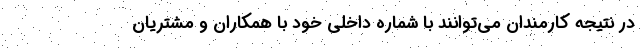
در نتیجه کارمندان می‌‌توانند با شماره داخلی خود با همکاران و مشتریان